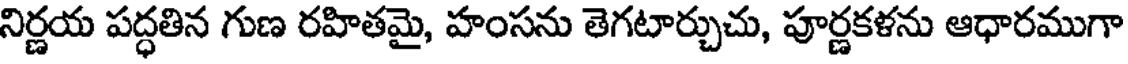
నిర్ణయ పద్ధతిన గుణ రహితమై, హంసను తెగటార్చుచు, పూర్ణకళను ఆధారముగా